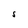
Character: s